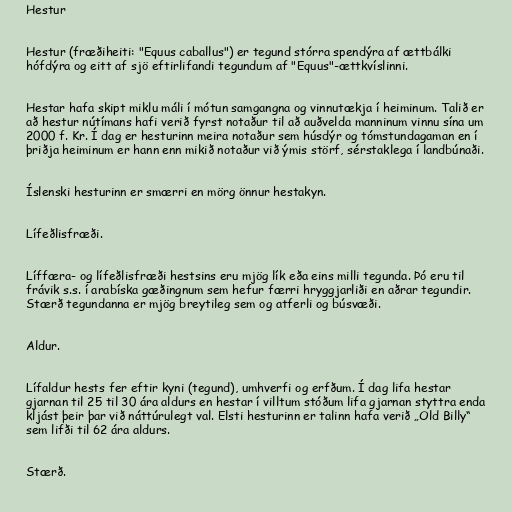
Hestur

Hestur (fræðiheiti: "Equus caballus") er tegund stórra spendýra af ættbálki
hófdýra og eitt af sjö eftirlifandi tegundum af "Equus"-ættkvíslinni.

Hestar hafa skipt miklu máli í mótun samgangna og vinnutækja í heiminum. Talið er
að hestur nútímans hafi verið fyrst notaður til að auðvelda manninum vinnu sína um
2000 f. Kr. Í dag er hesturinn meira notaður sem húsdýr og tómstundagaman en í
þriðja heiminum er hann enn mikið notaður við ýmis störf, sérstaklega í landbúnaði.

Íslenski hesturinn er smærri en mörg önnur hestakyn.

Lífeðlisfræði.

Líffæra- og lífeðlisfræði hestsins eru mjög lík eða eins milli tegunda. Þó eru til
frávik s.s. í arabíska gæðingnum sem hefur færri hryggjarliði en aðrar tegundir.
Stærð tegundanna er mjög breytileg sem og atferli og búsvæði.

Aldur.

Lífaldur hests fer eftir kyni (tegund), umhverfi og erfðum. Í dag lifa hestar
gjarnan til 25 til 30 ára aldurs en hestar í villtum stóðum lifa gjarnan styttra enda
kljást þeir þar við náttúrulegt val. Elsti hesturinn er talinn hafa verið „Old Billy“
sem lifði til 62 ára aldurs.

Stærð.